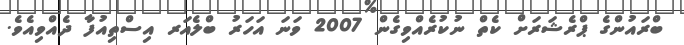
ބްރައުންގެ ޕްރެޝަރަށް ކެތް ނުކުރެއްވިގެން 2007 ވަނަ އަހަރު ބްލެއަރ އިސްތިއުފާ ދެއްވިއެވެ.